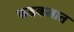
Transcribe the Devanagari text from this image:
फडकतात